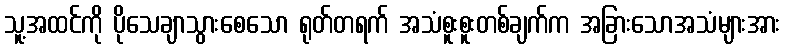
သူ့အထင်ကို ပိုသေချာသွားစေသော ရုတ်တရက် အသံစူးစူးတစ်ချက်က အခြားသောအသံများအား